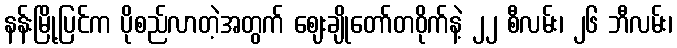
နန်းမြို့ပြင်က ပိုစည်လာတဲ့အတွက် ဈေးချိုတော်တဝိုက်နဲ့ ၂၂ စီလမ်း၊ ၂၆ ဘီလမ်း၊